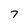
Character: 7